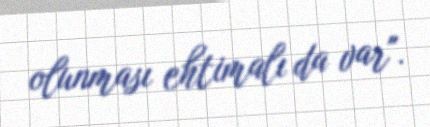
olunması ehtimalı da var".